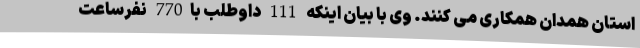
استان همدان همکاری می کنند. وی با بیان اینکه 111 داوطلب با770 نفرساعت